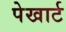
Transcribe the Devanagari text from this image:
पेखार्ट